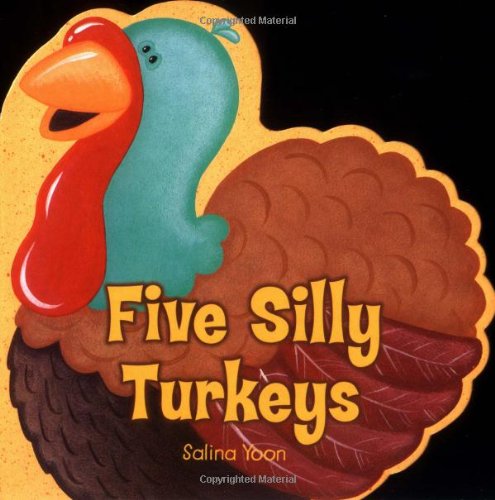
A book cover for Five Silly Turkeys; Salina Yoon; Children's Books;